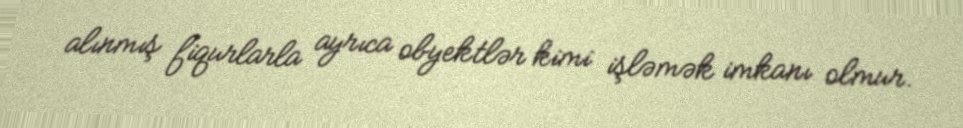
alınmış fiqurlarla ayrıca obyektlər kimi işləmək imkanı olmur.